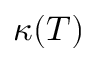
\kappa ( T )